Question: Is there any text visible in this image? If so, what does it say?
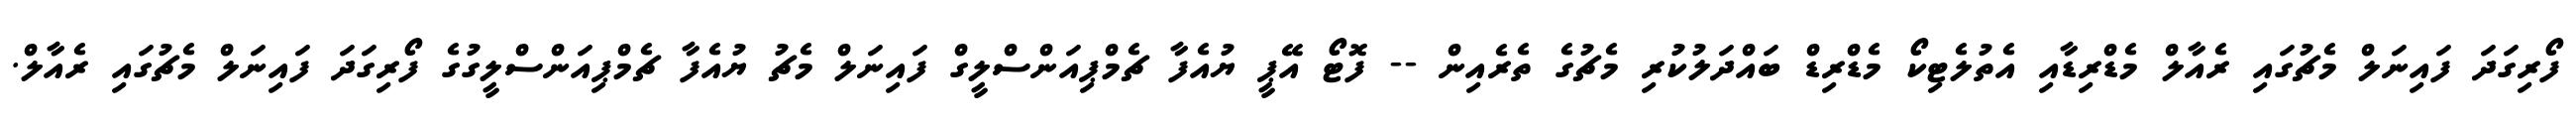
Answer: ފޯރިގަދަ ފައިނަލް މެޗުގައި ރެއާލް މެޑްރިޑާއި އެތުލެޓިކޯ މެޑްރިޑް ބައްދަލުކުރި މެޗުގެ ތެރެއިން -- ފޮޓޯ އޭޕީ ޔުއެފާ ޗެމްޕިއަންސްލީގް ފައިނަލް މެޗު ޔުއެފާ ޗެމްޕިއަންސްލީގުގެ ފޯރިގަދަ ފައިނަލް މެޗުގައި ރެއާލް.